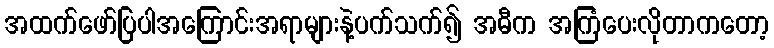
အထက်ဖော်ပြပါအကြောင်းအရာများနဲ့ပက်သက်၍ အဓီက အကြံပေးလိုတာကတော့